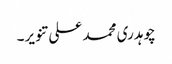
چوہدری محمد علی تنویر۔